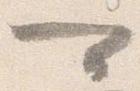
可